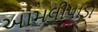
આમલીપાડા